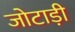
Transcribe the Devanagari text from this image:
जोटाड़ी